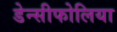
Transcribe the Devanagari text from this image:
डेन्सीफोलिया